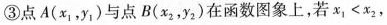
③点A(x_{1}，y_{1})与点B(x_{2}，y_{2})在函数图象上，若$$x _ { 1 } < x _ { 2 }$$，